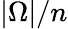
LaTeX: |\Omega|/n